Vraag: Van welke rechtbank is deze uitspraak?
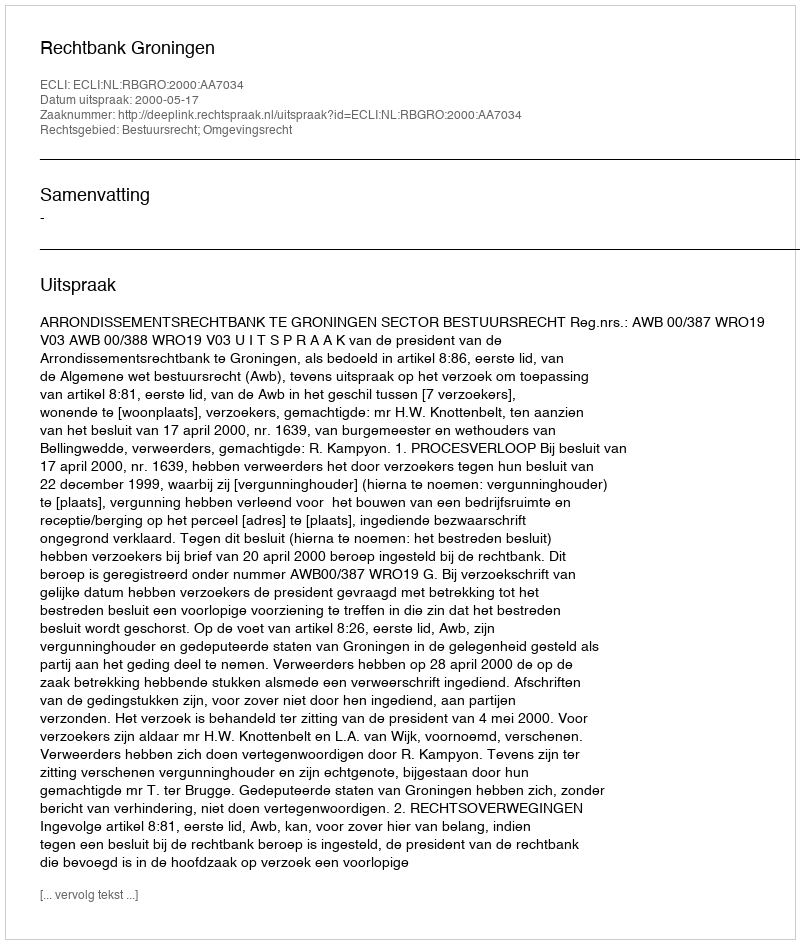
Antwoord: Rechtbank Groningen